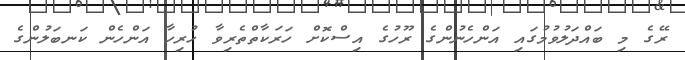
ރޭގެ މި ބައްދަލުވުމުގައި އަންހެނުންގެ ރޫހުގެ އިސްކޮށް ހަރަކާތްތެރިވާ ހުރިހާ އަންހެން ކަނބަލުންގެ